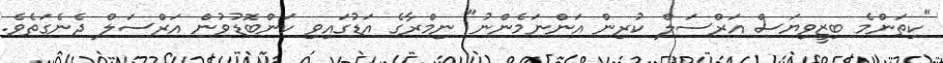
"ކިތަންމެ ބިޒީވިޔަސް އަރްސަލް ކުރިން އަންނަމެންނު" ނިމްރާގެ އަޑުގައިވި ކަންބޮޑުވުން އަރްސަލް ދެނެގަތެވެ.